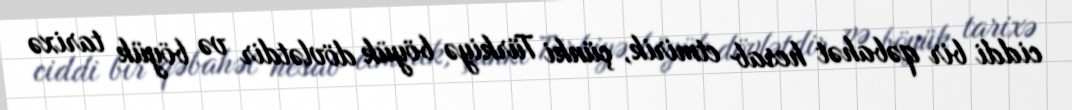
ciddi bir qəbahət hesab etmirik, çünki Türkiyə böyük dövlətdir və böyük tarixə